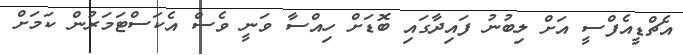
އެޗްޑީއެފްސީ އަށް ލިބުނު ފައިދާގައި ބޮޑަށް ހިއްސާ ވަނީ ވެސް އެކަސްޓަމަރުން ކަމަށް